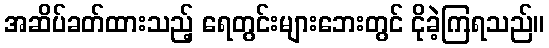
အဆိပ်ခတ်ထားသည့် ရေတွင်းများဘေးတွင် ငိုခဲ့ကြရသည်။